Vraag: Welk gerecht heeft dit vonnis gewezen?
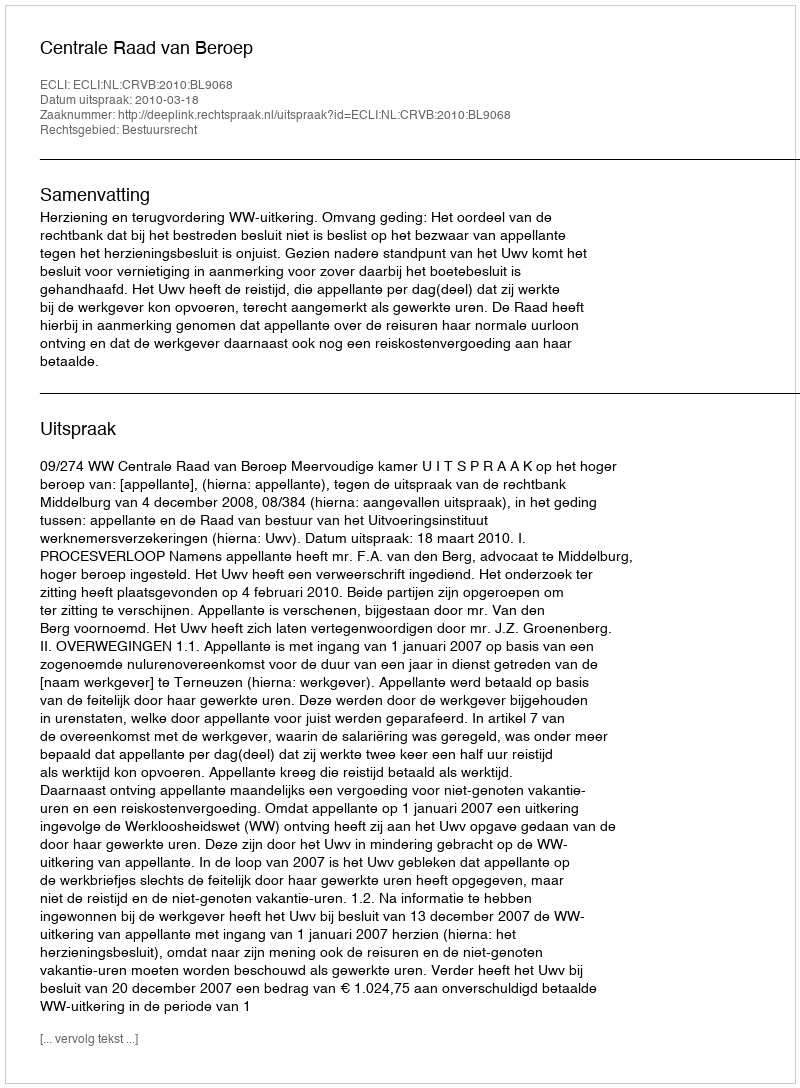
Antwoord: Centrale Raad van Beroep